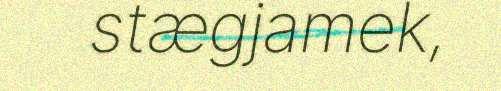
stægjamek,